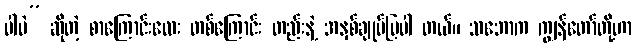
ပါပဲ” ဆိုတဲ့ စာကြောင်းလေး တစ်ကြောင်း တည်းနဲ့ အနှစ်ချုပ်ပြပါ တယ်။ သဘောက ကျွန်တော်တို့ဟာ